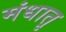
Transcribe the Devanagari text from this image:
मंधातृ